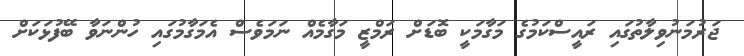
ޖަރުމަނުވިލާތުގައި ރައީސްކަމުގެ މަގާމަކީ ބޮޑަށް ރަމްޒީ މަގާމެއް ނަމަވެސް އެމަގާމުގައި ހުންނަވާ ބޭފުޅަކަށް